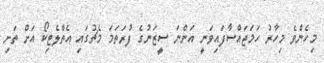
މިހެންވެ މިހާރު ހަމަޖައްސާފައިވަނީ އަންނަ ސީޒަނުގެ ފުރަތަމަ މެޗުގައި އެތްލެޓިކޯ އަށް ތަށި